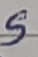
Text: S